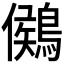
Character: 𪃶